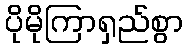
ပိုမိုကြာရှည်စွာ